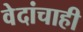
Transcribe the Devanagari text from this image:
वेदांचाही